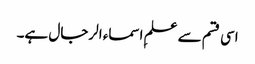
اسی قسم سے علمِ اسماء الرجال ہے۔